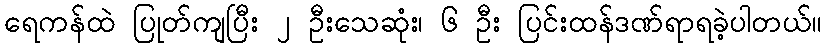
ရေကန်ထဲ ပြုတ်ကျပြီး ၂ ဦးသေဆုံး၊ ၆ ဦး ပြင်းထန်ဒဏ်ရာရခဲ့ပါတယ်။